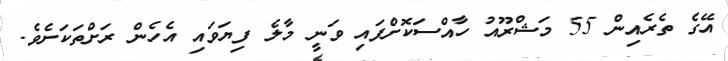
އޭގެ ތެރެއިން 55 މަޝްރޫއު ހާއްސަކޮށްފައި ވަނީ މާލެ ފިޔަވައި އެހެން ރަށްތަކަށެވެ.